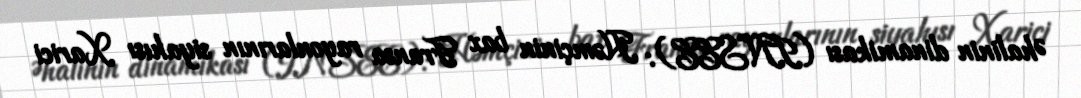
Əhalinin dinamikası (INSEE): Həmçinin bax Fransa rayonlarının siyahısı Xarici